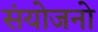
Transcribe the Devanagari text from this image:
संयोजनो